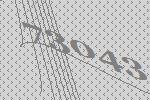
73043